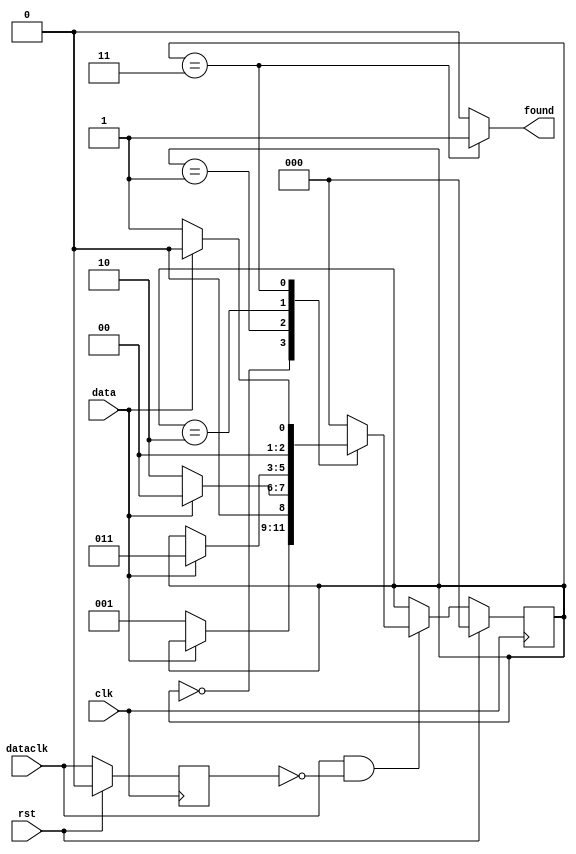

// pattern recognizer for pattern '001'
module dataclk (input wire clk,
				input wire rst,
				input wire data,
				input wire dataclk,
				output wire found);

	reg  olddataclk;
	wire nextolddataclk;
	wire dataclkedge;

	reg  [2:0] state, nextstate;
	parameter S0 = 0, S1 = 1, S2 = 2, S3 = 3;

	always @(posedge clk)
	begin
	olddataclk <= (rst) ? 1'b0 : nextolddataclk;
	state      <= (rst) ? 3'b0 : nextstate;
	end

	assign dataclkedge    = dataclk & ~olddataclk;
	assign nextolddataclk = dataclk;

	always @(*)
	begin
		nextstate      = state;
		if (dataclkedge) begin
		  case (state)
		    S0: if (data == 1'b0)
		    	  nextstate = S1;
		    S1: if (data == 1'b0)
		    	  nextstate = S2;
		    	else 
		    	  nextstate = S0;
		    S2: if (data == 1'b1)
		          nextstate = S3;
		    S3: if (data == 1'b0)
		          nextstate = S1;
		        else
		          nextstate = S0;
		  default: nextstate = S0;		  	  
		endcase
		end
	end

    assign found = (state == S3) ? 1'b1 : 1'b0;

endmodule